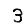
Digit: 3